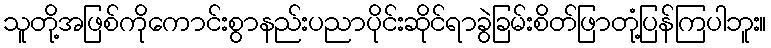
သူတို့အဖြစ်ကိုကောင်းစွာနည်းပညာပိုင်းဆိုင်ရာခွဲခြမ်းစိတ်ဖြာတုံ့ပြန်ကြပါဘူး။